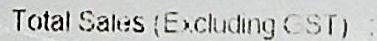
TOTAL SALES (EXCLUDING GST) :